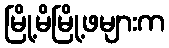
မြို့မိမြို့ဖများက